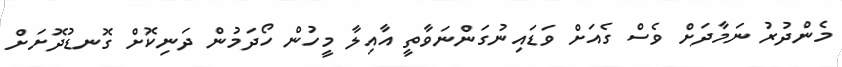
މެންދުރު ނަމާދަށް ވެސް ގެއަށް ވަޑައިނުގަންނަވާތީ އާއިލާ މީހުން ހޯދަމުން ދަނިކޮށް ގޮނޑުދޮށަށް